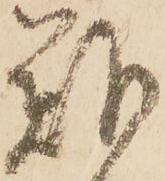
難